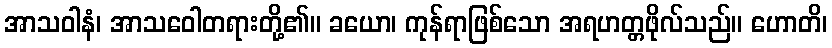
အာသဝါနံ၊ အာသဝေါတရားတို့၏။ ခယော၊ ကုန်ရာဖြစ်သော အရဟတ္တဖိုလ်သည်။ ဟောတိ၊